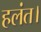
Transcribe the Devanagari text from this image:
हलंत।